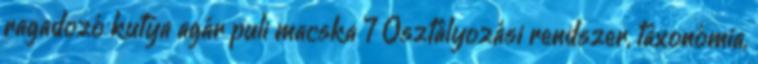
ragadozó kutya agár puli macska 7 Osztályozási rendszer, taxonómia,